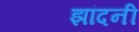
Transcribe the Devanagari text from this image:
झांदनी